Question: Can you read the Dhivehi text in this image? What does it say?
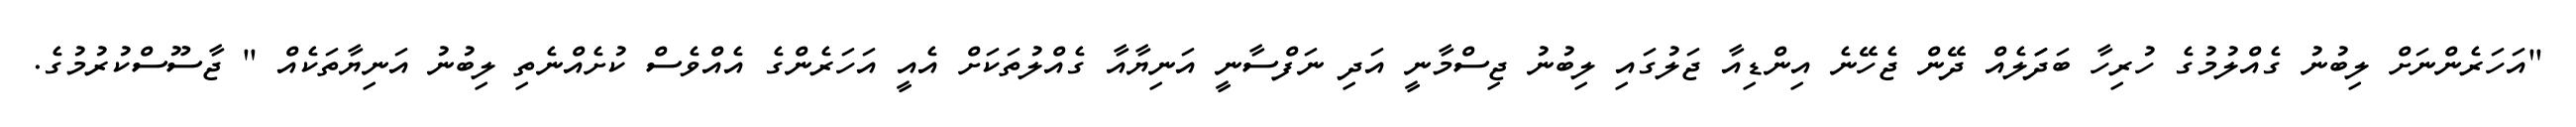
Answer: "އަހަރެންނަށް ލިބުނު ގެއްލުމުގެ ހުރިހާ ބަދަަލެއް ދޭން ޖެހޭނެ އިންޑިއާ ޖަލުގައި ލިބުނު ޖިސްމާނީ އަދި ނަފްސާނީ އަނިޔާއާ ގެއްލުތަކަށް އެއީ އަހަރެންގެ އެއްވެސް ކުށެއްނެތި ލިބުނު އަނިޔާތަކެއް " ޖާސޫސްކުރުމުގެ.